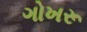
ગોખરૂ